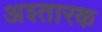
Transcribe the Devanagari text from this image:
अश्तारक